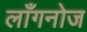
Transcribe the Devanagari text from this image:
लाँगनोज